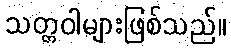
သတ္တဝါများဖြစ်သည်။